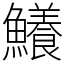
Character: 鱶